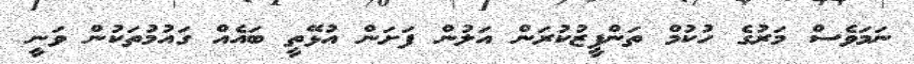
ނަމަވެސް މަރުގެ ހުކުމް ތަންފީޒުކުރަން އަލުން ފަށަން އުޅޭތީ ބައެއް ގައުމުތަކުން ވަނީ